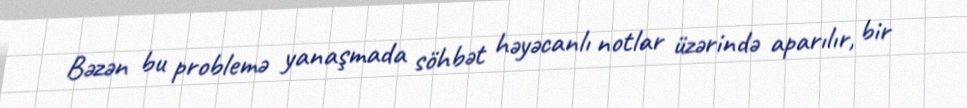
Bəzən bu problemə yanaşmada söhbət həyəcanlı notlar üzərində aparılır, bir